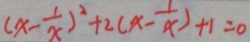
( x - \frac { 1 } { x } ) ^ { 2 } + 2 ( x - \frac { 1 } { x } ) + 1 = 0